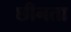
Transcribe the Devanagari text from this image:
छीनता